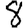
Digit: 8